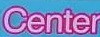
Center